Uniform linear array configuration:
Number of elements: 48
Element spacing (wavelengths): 1
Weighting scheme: exponential
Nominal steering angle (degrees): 30
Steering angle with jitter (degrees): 29.275
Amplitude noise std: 0.05
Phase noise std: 0.05

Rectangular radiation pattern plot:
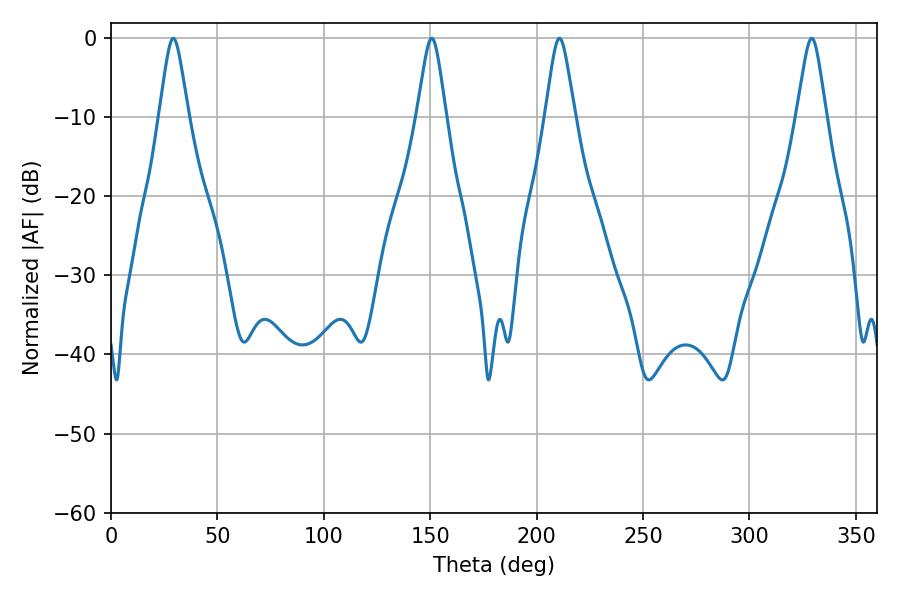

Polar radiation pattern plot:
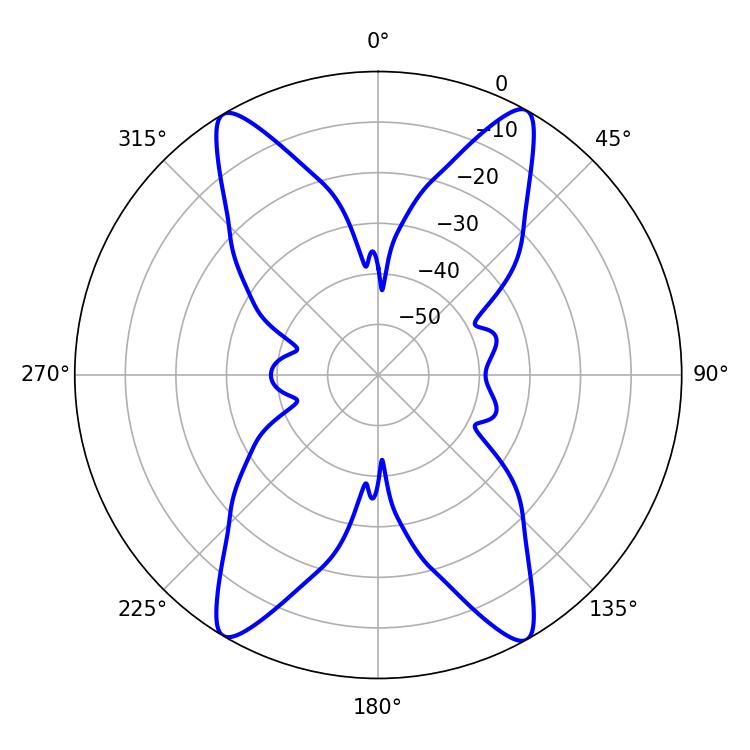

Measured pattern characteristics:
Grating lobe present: TRUE
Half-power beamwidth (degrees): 6.48
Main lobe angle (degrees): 329.22